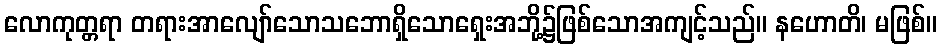
လောကုတ္တရာ တရားအာလျော်သောသဘောရှိသောရှေးအဘို့၌ဖြစ်သောအကျင့်သည်။ နဟောတိ၊ မဖြစ်။